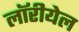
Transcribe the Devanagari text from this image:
लॉरीयेल